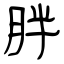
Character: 胖